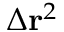
\Delta \mathbf { r } ^ { 2 }